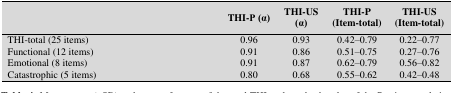
<table><thead><tr><td></td><td><b>THI-P (α)</b></td><td><b>THI-US (α)</b></td><td><b>THI-P(Item-total)</b></td><td><b>THI-US(Item-total)</b></td></tr></thead><tbody><tr><td><b>THI-total (25 items) </b></td><td>0.96</td><td>0.93</td><td>0.42–0.79</td><td>0.22–0.77</td></tr><tr><td><b>Functional (12 items) </b></td><td>0.91</td><td>0.86</td><td>0.51–0.75</td><td>0.27–0.76</td></tr><tr><td><b>Emotional (8 items) </b></td><td>0.91</td><td>0.87</td><td>0.62–0.79</td><td>0.56–0.82</td></tr><tr><td><b>Catastrophic (5 items) </b></td><td>0.80</td><td>0.68</td><td>0.55–0.62</td><td>0.42–0.48</td></tr></tbody></table>